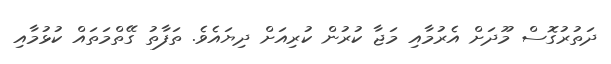
ދަތުރުގޮސް މޫދަށް އެރުމާއި މަޖާ ކުރުން ކުރިއަށް ދިޔައެވެ. ތަފާތު ގޭތްމަތައް ކުޅުމާއި